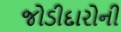
જોડીદારોની